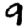
Digit: 9